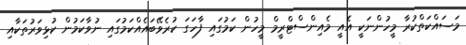
މަސައްކަތްކުރާ މީހުންނަކީ އެއީ މެއިންސްޓްރީމް މީހުން ކަމުގައި ފާހަގަ ކުރެވޭބައެއްކަމުގައި ނުވާކަމުން ކުޅިވަރުތަކާއި